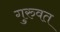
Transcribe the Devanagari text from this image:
गुरुवत